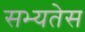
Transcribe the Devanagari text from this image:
सभ्यतेस